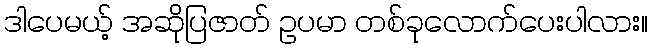
ဒါပေမယ့် အဆိုပြဇာတ် ဥပမာ တစ်ခုလောက်ပေးပါလား။